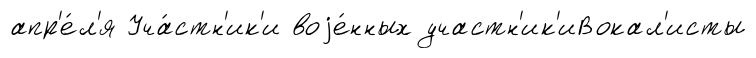
апр'е́л'я Уча́стн'ик'и воjе́нных участн'ик'иВокал'исты